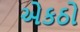
એકઠો